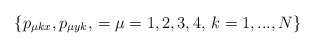
\begin{align*}\{p_{\mu kx},p_{\mu y k},\,=\mu=1,2,3,4,\,k=1,...,N\}\end{align*}